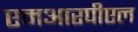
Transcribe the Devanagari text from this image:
एमआरपीएल